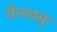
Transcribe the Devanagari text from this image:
चैनलस्